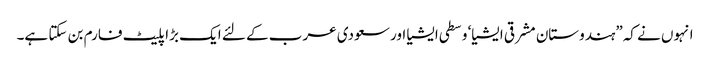
انہوں نے کہ”ہندوستان مشرقی ایشیا‘ وسطی ایشیا اور سعودی عرب کے لئے ایک بڑا پلیٹ فارم بن سکتا ہے۔